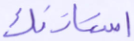
استأذنك